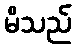
မိသည်